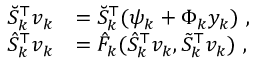
\begin{array} { r l } { \breve { S } _ { k } ^ { \top } v _ { k } } & { = \breve { S } _ { k } ^ { \top } ( \psi _ { k } + \Phi _ { k } y _ { k } ) \mathrm { ~ , } } \\ { \hat { S } _ { k } ^ { \top } v _ { k } } & { = \hat { F } _ { k } ( \hat { S } _ { k } ^ { \top } v _ { k } , \tilde { S } _ { k } ^ { \top } v _ { k } ) \mathrm { ~ , } } \end{array}